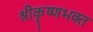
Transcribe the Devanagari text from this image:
श्रीकृष्णभक्त